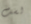
لست